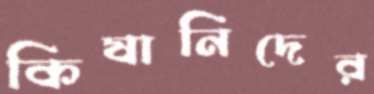
কিষানিদের